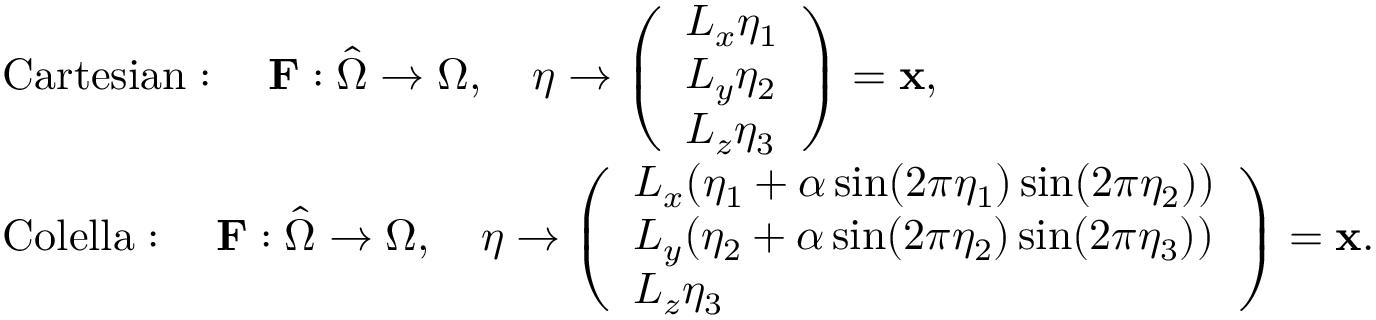
\begin{array} { r l } & { \mathrm { C a r t e s i a n } : \quad \mathbf { F } : \hat { \Omega } \rightarrow \Omega , \quad \boldsymbol \eta \rightarrow \left( \begin{array} { l } { L _ { x } \eta _ { 1 } } \\ { L _ { y } \eta _ { 2 } } \\ { L _ { z } \eta _ { 3 } } \end{array} \right) = { \mathbf x } , } \\ & { \mathrm { C o l e l l a } : \quad \mathbf { F } : \hat { \Omega } \rightarrow \Omega , \quad \boldsymbol \eta \rightarrow \left( \begin{array} { l } { L _ { x } ( \eta _ { 1 } + \alpha \sin ( 2 \pi \eta _ { 1 } ) \sin ( 2 \pi \eta _ { 2 } ) ) } \\ { L _ { y } ( \eta _ { 2 } + \alpha \sin ( 2 \pi \eta _ { 2 } ) \sin ( 2 \pi \eta _ { 3 } ) ) } \\ { L _ { z } \eta _ { 3 } } \end{array} \right) = { \mathbf x } . } \end{array}